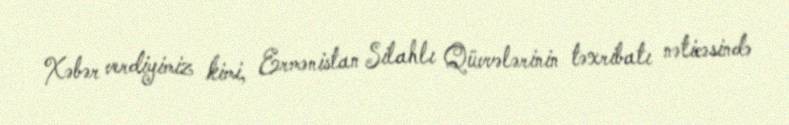
Xəbər verdiyimiz kimi, Ermənistan Silahlı Qüvvələrinin təxribatı nəticəsində